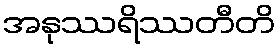
အနုဿရိဿတီတိ